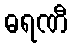
ဓရဏီ